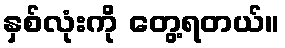
နှစ်လုံးကို တွေ့ရတယ်။